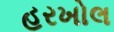
હરખોલ